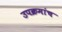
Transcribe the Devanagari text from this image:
उपक्रमांच